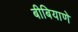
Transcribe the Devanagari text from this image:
बीबियाणे